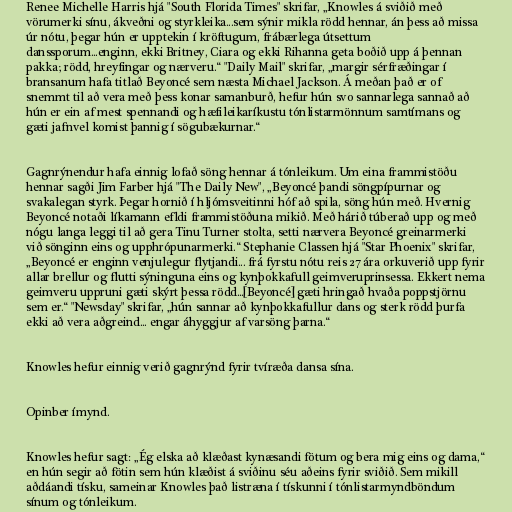
Renee Michelle Harris hjá "South Florida Times" skrifar, „Knowles á sviðið með
vörumerki sínu, ákveðni og styrkleika...sem sýnir mikla rödd hennar, án þess að missa
úr nótu, þegar hún er upptekin í kröftugum, frábærlega útsettum
danssporum...enginn, ekki Britney, Ciara og ekki Rihanna geta boðið upp á þennan
pakka; rödd, hreyfingar og nærveru.“ "Daily Mail" skrifar, „margir sérfræðingar í
bransanum hafa titlað Beyoncé sem næsta Michael Jackson. Á meðan það er of
snemmt til að vera með þess konar samanburð, hefur hún svo sannarlega sannað að
hún er ein af mest spennandi og hæfileikaríkustu tónlistarmönnum samtímans og
gæti jafnvel komist þannig í sögubækurnar.“

Gagnrýnendur hafa einnig lofað söng hennar á tónleikum. Um eina frammistöðu
hennar sagði Jim Farber hjá "The Daily New", „Beyoncé þandi söngpípurnar og
svakalegan styrk. Þegar hornið í hljómsveitinni hóf að spila, söng hún með. Hvernig
Beyoncé notaði líkamann efldi frammistöðuna mikið. Með hárið túberað upp og með
nógu langa leggi til að gera Tinu Turner stolta, setti nærvera Beyoncé greinarmerki
við sönginn eins og upphrópunarmerki.“ Stephanie Classen hjá "Star Phoenix" skrifar,
„Beyoncé er enginn venjulegur flytjandi... frá fyrstu nótu reis 27 ára orkuverið upp fyrir
allar brellur og flutti sýninguna eins og kynþokkafull geimveruprinsessa. Ekkert nema
geimveru uppruni gæti skýrt þessa rödd...[Beyoncé] gæti hringað hvaða poppstjörnu
sem er.“ "Newsday" skrifar, „hún sannar að kynþokkafullur dans og sterk rödd þurfa
ekki að vera aðgreind... engar áhyggjur af varsöng þarna.“

Knowles hefur einnig verið gagnrýnd fyrir tvíræða dansa sína.

Opinber ímynd.

Knowles hefur sagt: „Ég elska að klæðast kynæsandi fötum og bera mig eins og dama,“
en hún segir að fötin sem hún klæðist á sviðinu séu aðeins fyrir sviðið. Sem mikill
aðdáandi tísku, sameinar Knowles það listræna í tískunni í tónlistarmyndböndum
sínum og tónleikum.